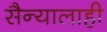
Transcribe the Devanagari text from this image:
सैन्यालाही